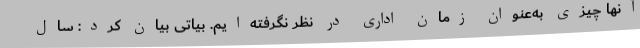
آنها چیزی به‌عنوان زمان اداری در نظر نگرفته‌ایم. بیاتی بیان کرد: سال